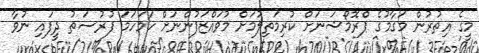
މީގެ އިތުރުން މަގާމުގެ ޕްރޮމޯޝަނަށް ކުރިމަތިލުމަށް މުވައްޒަފުންނަށް ހަމަހަމަ ފުރުސަތު ދީފައި ނުވާ